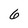
Character: 6